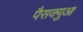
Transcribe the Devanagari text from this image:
पैसक्युआ